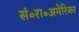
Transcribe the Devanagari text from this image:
सं॰रा॰अमेरिका